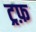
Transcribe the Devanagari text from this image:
ट्रफ़